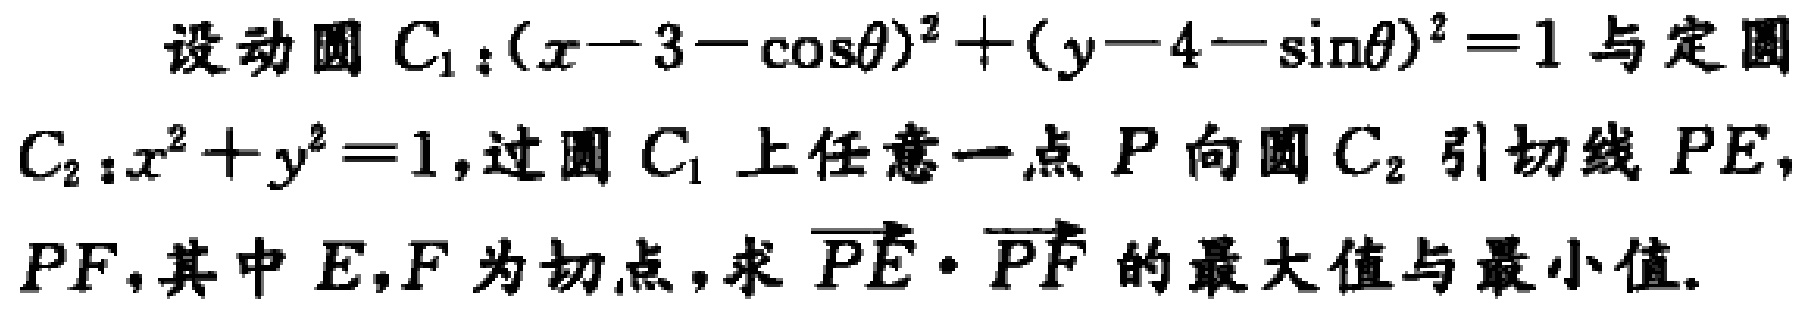
设动圆 \(C_{1}:(x - 3 - \cos\theta)^{2}+(y - 4 - \sin\theta)^{2}=1\) 与定圆 \(C_{2}:x^{2}+y^{2}=1\)，过圆 \(C_{1}\) 上任意一点 \(P\) 向圆 \(C_{2}\) 引切线 \(PE\)，\(PF\)，其中 \(E,F\) 为切点，求 \(\overrightarrow{PE}\cdot\overrightarrow{PF}\) 的最大值与最小值。